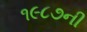
૧૯૮૭ની